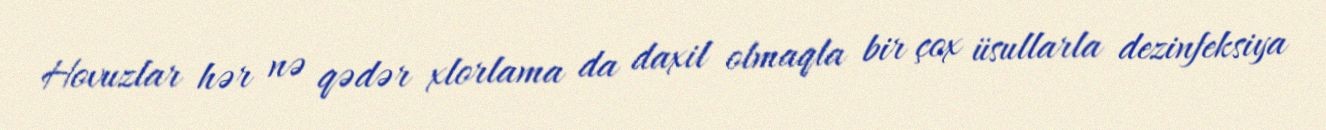
Hovuzlar hər nə qədər xlorlama da daxil olmaqla bir çox üsullarla dezinfeksiya